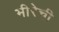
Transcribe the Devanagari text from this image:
मीरेची